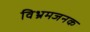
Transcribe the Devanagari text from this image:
विभ्रमजनक